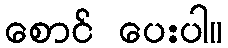
စောင် ပေးပါ။